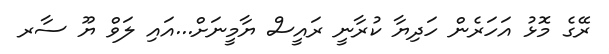
ރޭގެ މޮޅު އަހަރެން ހަދިޔާ ކުރާނީ ރައީސް ޔާމީނަށް...އައި ލަވް ޔޫ ސާރ